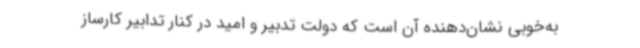
به‌خوبی نشان‌دهنده آن است که دولت تدبیر و امید در کنار تدابیر کارساز